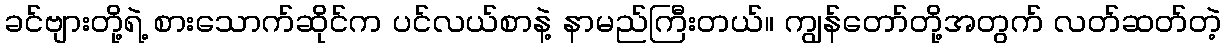
ခင်ဗျားတို့ရဲ့ စားသောက်ဆိုင်က ပင်လယ်စာနဲ့ နာမည်ကြီးတယ်။ ကျွန်တော်တို့အတွက် လတ်ဆတ်တဲ့